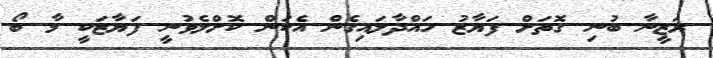
ރަޒީނާ ބުނި ގޮތަށް ފަޔާޒު ހައްދާލައިގެން އެކަން ކޮށްލެވުނީ ފަޔާޒަކީ މާ ބޯ